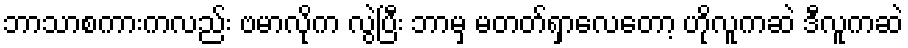
ဘာသာစကားကလည်း ဗမာလိုက လွဲပြီး ဘာမှ မတတ်ရှာလေတော့ ဟိုလူကဆဲ ဒီလူကဆဲ